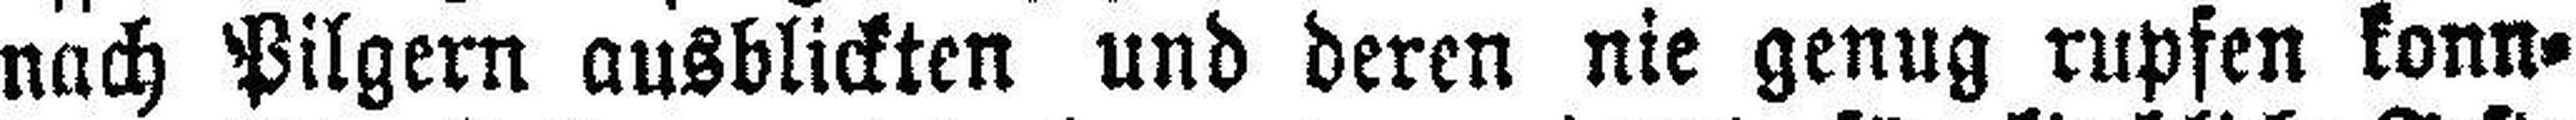
nach Pilgern ausblickten und deren nie genug rupfen konn¬